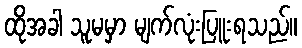
ထိုအခါ သူမမှာ မျက်လုံးပြူးရသည်။